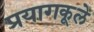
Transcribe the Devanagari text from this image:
प्रयागकूले